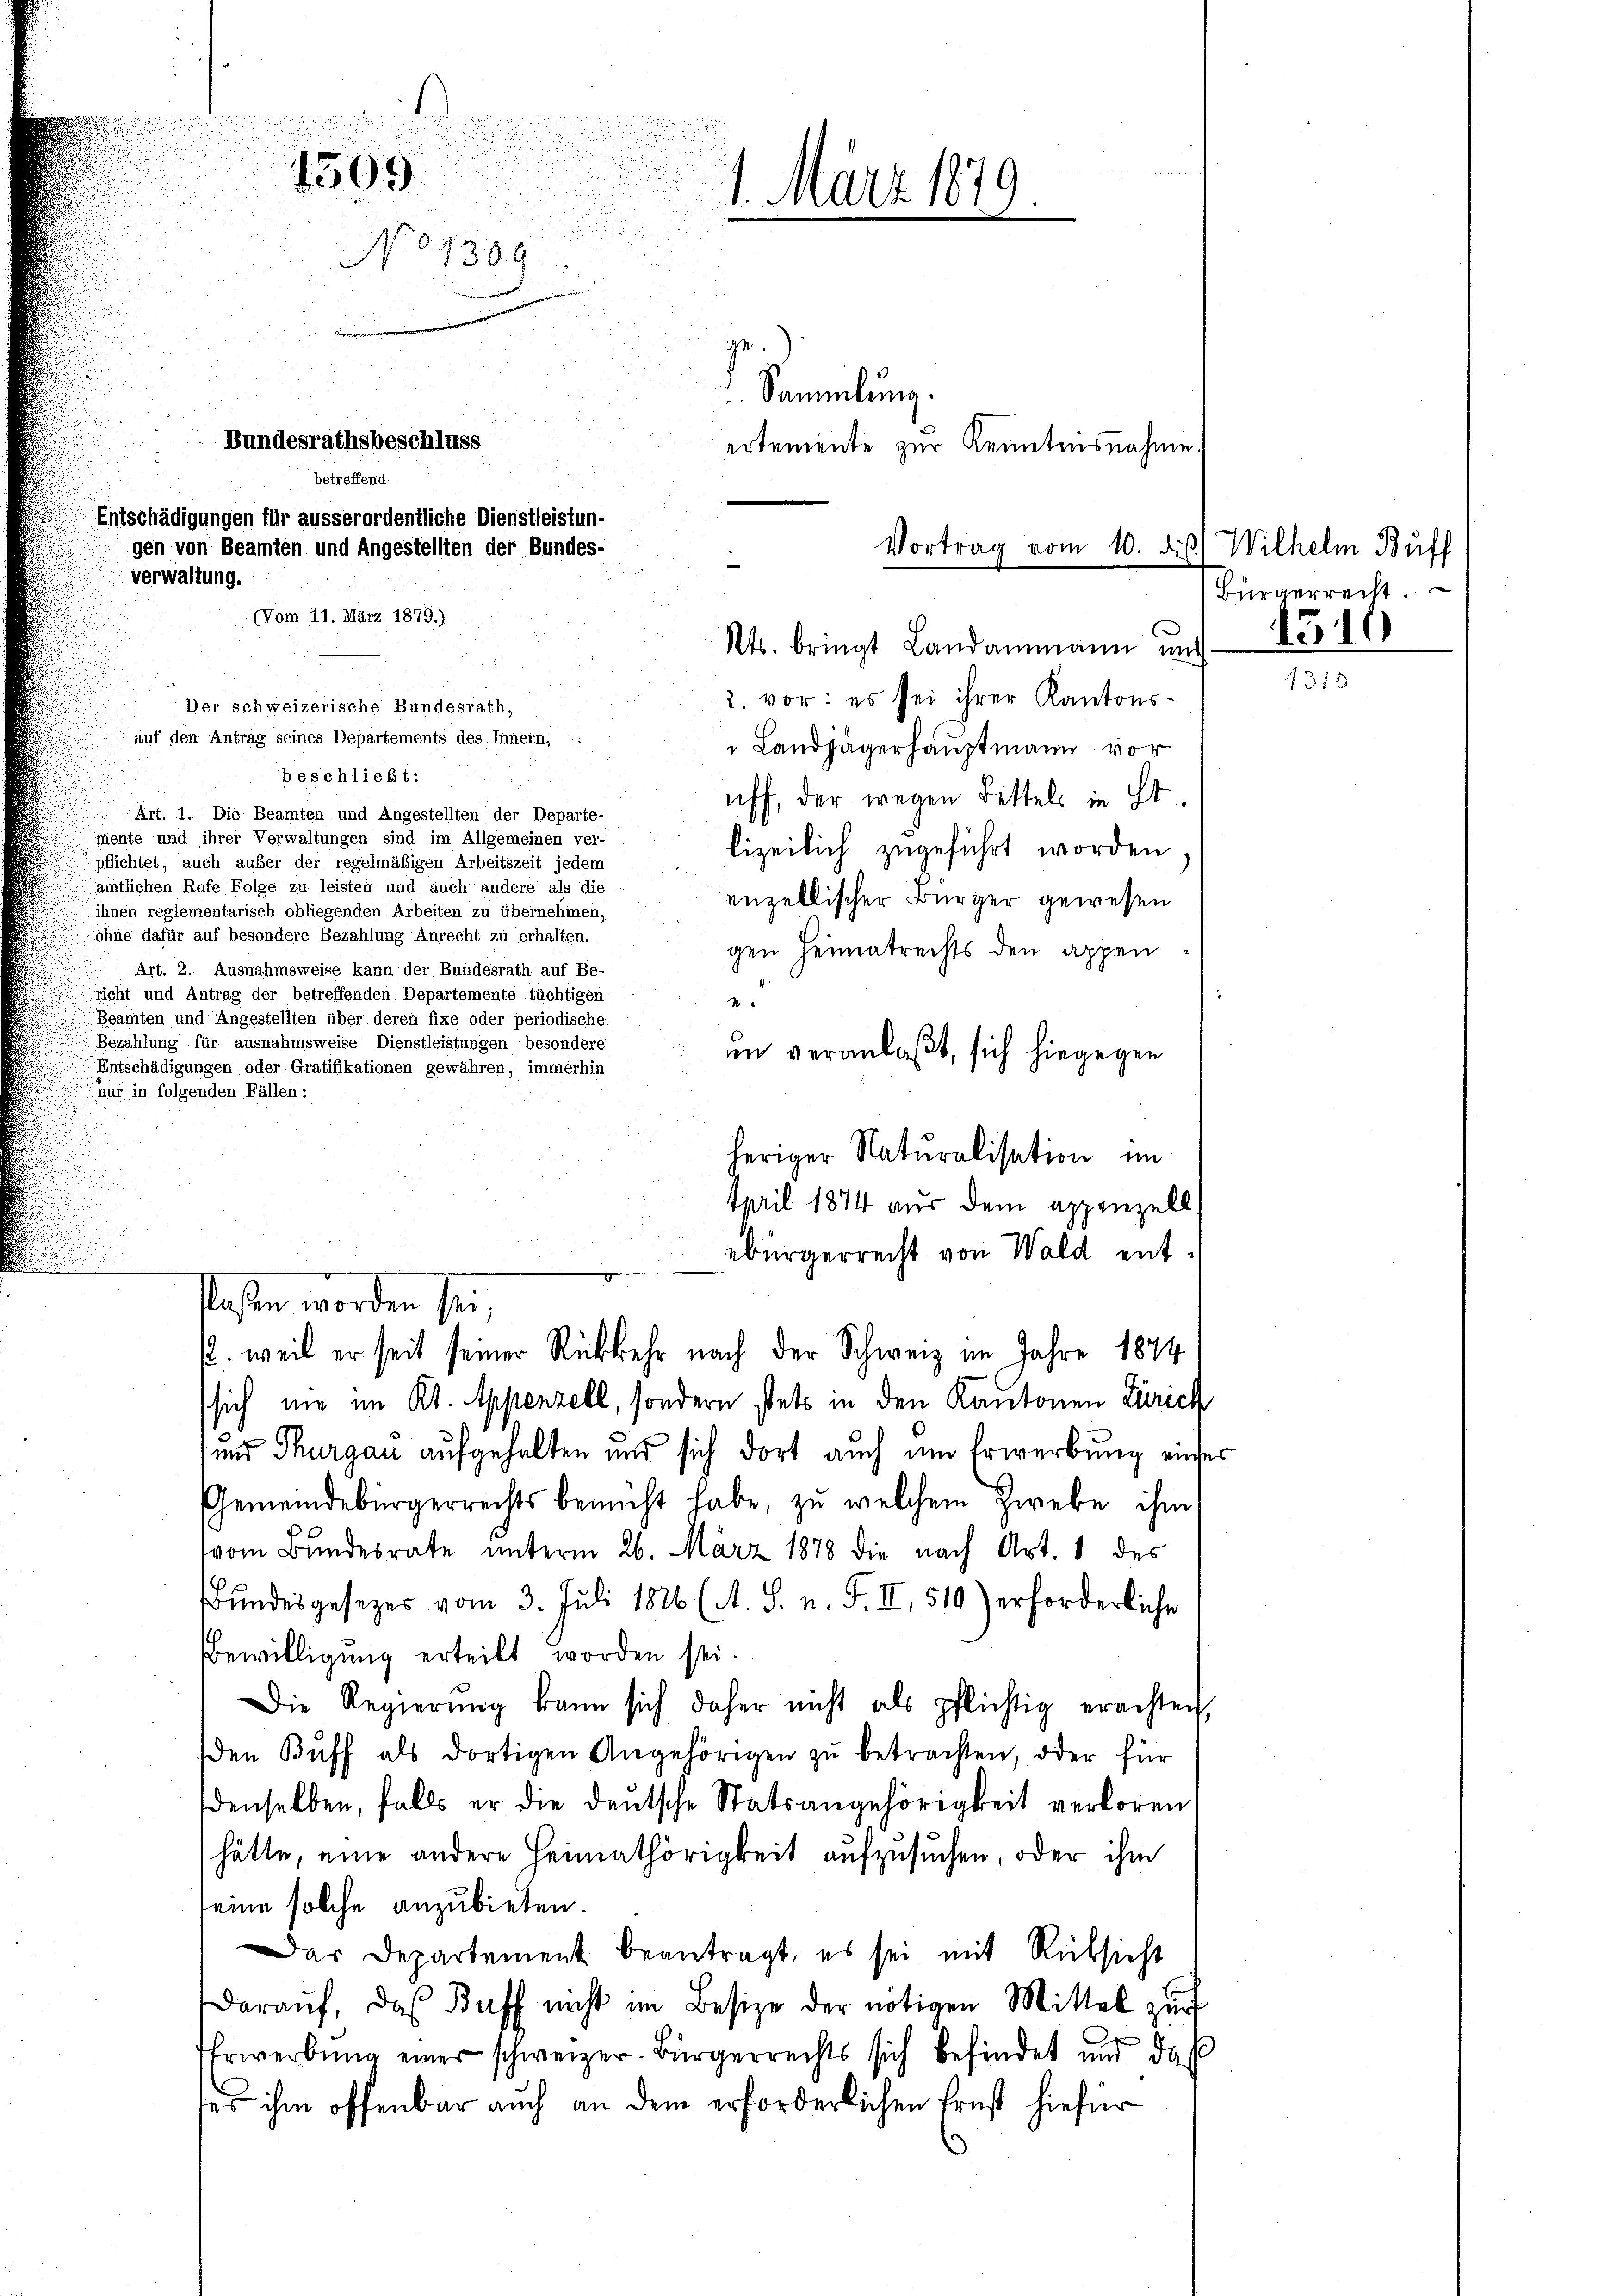
d
1569
1. März 1879.
N 07396
e
Sammlung.
Bundesrathsbeschluss
ertemente zur Kenntnisnahme.
betreffend
Entschädigungen für ausserordentliche Dienstleistun-
gen von Beamten und Angestellten der Bundes-
Vortrag vom 10. d.) Wilhelm Buff
verwaltung.
(Vom 11. März 1879.)
Kts. bringt Landammann und
2. vor: es sei ihrer Kantons¬
Der schweizerische Bundesrath,
auf den Antrag seines Departements des Innern,
 Landjägerhauptmann vor
beschließt:

Art. 1. Die Beamten und Angestellten der Departe-
jnente und ihrer Verwaltungen sind im Allgemeinen ver-
pflichtet, auch außer der regelmäßigen Arbeitszeit jedem
amtlichen Rufe Folge zu leisten und auch andere als die
ihnen reglementarisch obliegenden Arbeiten zu übernehmen,
ohne dafür auf besondere Bezahlung Anrecht zu erhalten.
Art. 2. Ausnahmsweise kann der Bundesrath auf Be-
richt und Antrag der betreffenden Departemente tüchtigen
Beamten und Angestellten über deren fixe oder periodische
Bezahlung für ausnahmsweise Dienstleistungen besondere
Entschädigungen oder Gratifikationen gewähren, immerhin
nur in folgenden Fällen:

laßen worden sei,
2. weil er seit seiner Rückkehr nach der Schweiz im Jahre 1874

April 1874 aus dem appenzell

heriger Naturalisation im

uff, der wegen Bettels in ist.
lizeilich zugeführt worden
enzellischer Bürger gewesen
gen Heimatrechts den appen
e
in veranlaßt, sich hiegegen
ebürgerrecht von Wald entsich nie im Kt. Appenzell, sondern stets in den Kantonen Zürich
und Thurgau aufgehalten und sich dort auch um Erwerbung eine
Gemeindebürgerrechts bemüht habe, zu welchem Zwebe ihm
(vom Bundesrate unterm 26. März 1878 die nach Art. 1 des
Bundesgesetzes vom 3. Juli 1826 (A. S. n. F. II, 510) erforderliche
Bewilligung erteilt worden sei.
Die Regierŭng kann sich daher nicht als pflichtig erachten,
den Bŭff als dortigen Angehörigen zŭ betrachten, oder für
denselben, falls er die deutsche Statsangehörigkeit verloren
hätte, eine andere Heimathörigkeit aufzusuchen, oder ihm
seine solche anzubieten.
Das Departement beantragt, es sei mit Rüksicht
Darauf, das Buff nicht im Besize der nötigen Mittel zur
Ehrwerbung einer schweizer-Bürgerrechts sich befindet und daß
tes ihm offenbar auch an dem erforderlichen Ernst hiefür

Bürgerrecht.
1510